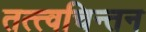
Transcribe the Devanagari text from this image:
तत्त्वचिन्तन